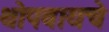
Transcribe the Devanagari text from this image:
थोपवायचे